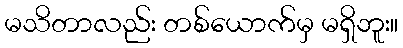
မသိတာလည်း တစ်ယောက်မှ မရှိဘူး။